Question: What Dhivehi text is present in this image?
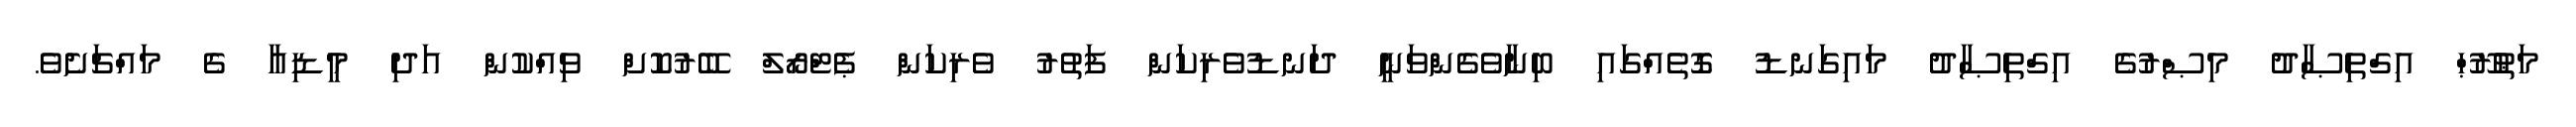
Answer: މަޠުރޫޙް އިގްތިޞާދު މިޞްރުގެ އިގްތިޞާދު މައިގަނޑު ގޮތެއްގައި ބިނާވެގެންވަނީ ދަނޑުވެރިކަން ފަތުރު ވެރިކަން ޕެޓްރޯލް ބޭރުކޮށް ވިއްކުން އަދި މީޑިއާ ގެ މައްޗަށެވެ.